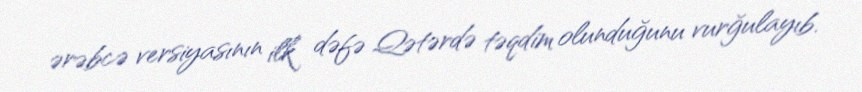
ərəbcə versiyasının ilk dəfə Qətərdə təqdim olunduğunu vurğulayıb.